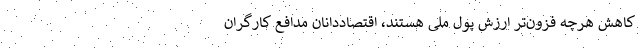
کاهشِ هرچه فزون‌ترِ ارزش پول ملی هستند، اقتصاددانان مدافع کارگران